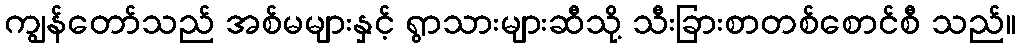
ကျွန်တော်သည် အစ်မများနှင့် ရွာသားများဆီသို့ သီးခြားစာတစ်စောင်စီ သည်။